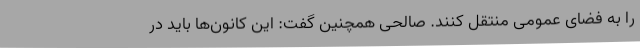
را به فضای عمومی منتقل کنند. صالحی همچنین گفت: این کانون‌ها باید در